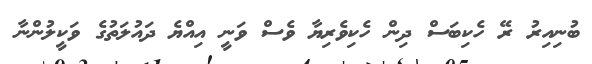
ބުނިއިރު ރޭ ހެކިބަސް ދިން ހެކިވެރިޔާ ވެސް ވަނީ އިއްޔެ ދައުލަތުގެ ވަކީލުންނާ